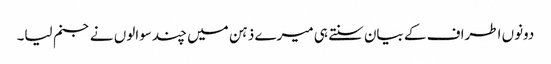
دونوں اطراف کے بیان سنتے ہی میرے ذہن میں چند سوالوں نے جنم لیا۔